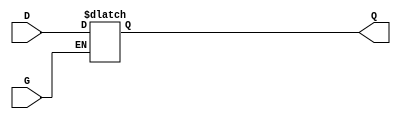
module GatedTransparentLatch (
    input wire D,     // Data Input
    input wire G,     // Gate/Enable Input
    output reg Q      // Output
);

    // Always block triggered by the gate signal G
    always @(*) begin
        if (G) begin
            // When G is high, Q follows D
            Q = D;
        end
        // When G is low, Q holds its value (remains unchanged)
    end

endmodule